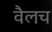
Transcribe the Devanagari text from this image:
वैलच